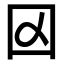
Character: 𡆢